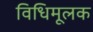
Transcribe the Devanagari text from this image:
विधिमूलक